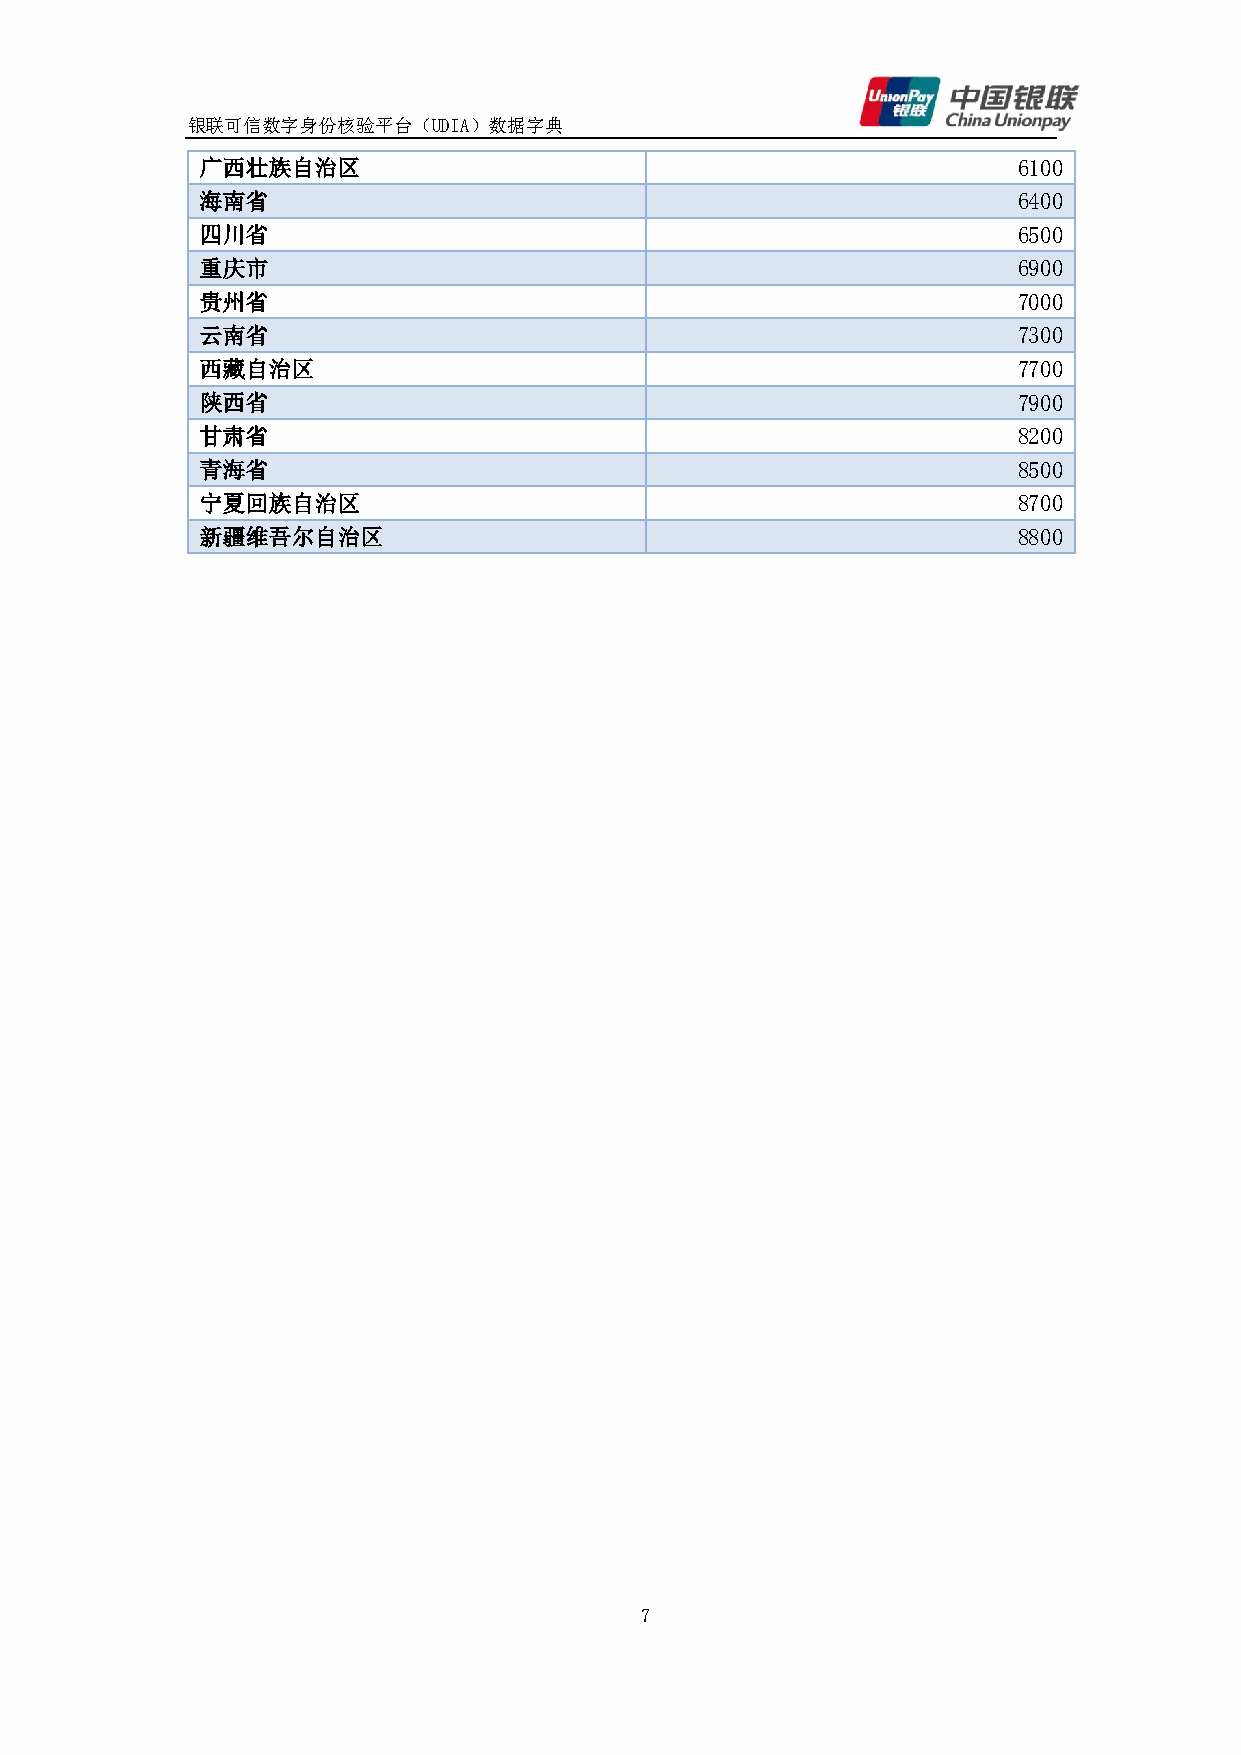
银联可信数字身份核验平台（UDIA）数据字典
 广西壮族自治区                                               6100
 海南省                                                   6400
 四川省                                                   6500
 重庆市                                                   6900
 贵州省                                                   7000
 云南省                                                   7300
 西藏自治区                                                 7700
 陕西省                                                   7900
 甘肃省                                                   8200
 青海省                                                   8500
 宁夏回族自治区                                               8700
 新疆维吾尔自治区                                              8800
 7